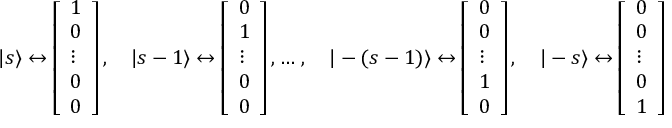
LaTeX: | s \rangle \leftrightarrow { \left[ \begin{array} { l } { 1 } \\ { 0 } \\ { \vdots } \\ { 0 } \\ { 0 } \end{array} \right] } \, , \quad | s - 1 \rangle \leftrightarrow { \left[ \begin{array} { l } { 0 } \\ { 1 } \\ { \vdots } \\ { 0 } \\ { 0 } \end{array} \right] } \, , \ldots \, , \quad | - ( s - 1 ) \rangle \leftrightarrow { \left[ \begin{array} { l } { 0 } \\ { 0 } \\ { \vdots } \\ { 1 } \\ { 0 } \end{array} \right] } \, , \quad | - s \rangle \leftrightarrow { \left[ \begin{array} { l } { 0 } \\ { 0 } \\ { \vdots } \\ { 0 } \\ { 1 } \end{array} \right] }